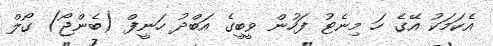
އެކަމަކު އޭގެ ހަ މިނެޓު ފަހުން ވީބީގެ އަބްދު ހަނީފް (ބެންޖޯ) ގޯލް